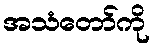
အသံတော်ကို